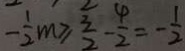
- \frac { 1 } { 2 } m \geq \frac { 3 } { 2 } - \frac { 4 } { 2 } = - \frac { 1 } { 2 }